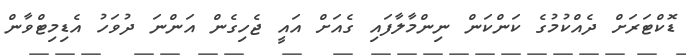
ޑޮކްޓަރަށް ދެއްކުމުގެ ކަންކަން ނިންމާލާފައި ގެއަށް އައީ ޖެހިގެން އަންނަ ދުވަހު އެޑިމިޓްވާން